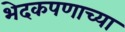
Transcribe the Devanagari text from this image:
भेदकपणाच्या